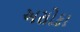
અસોકા